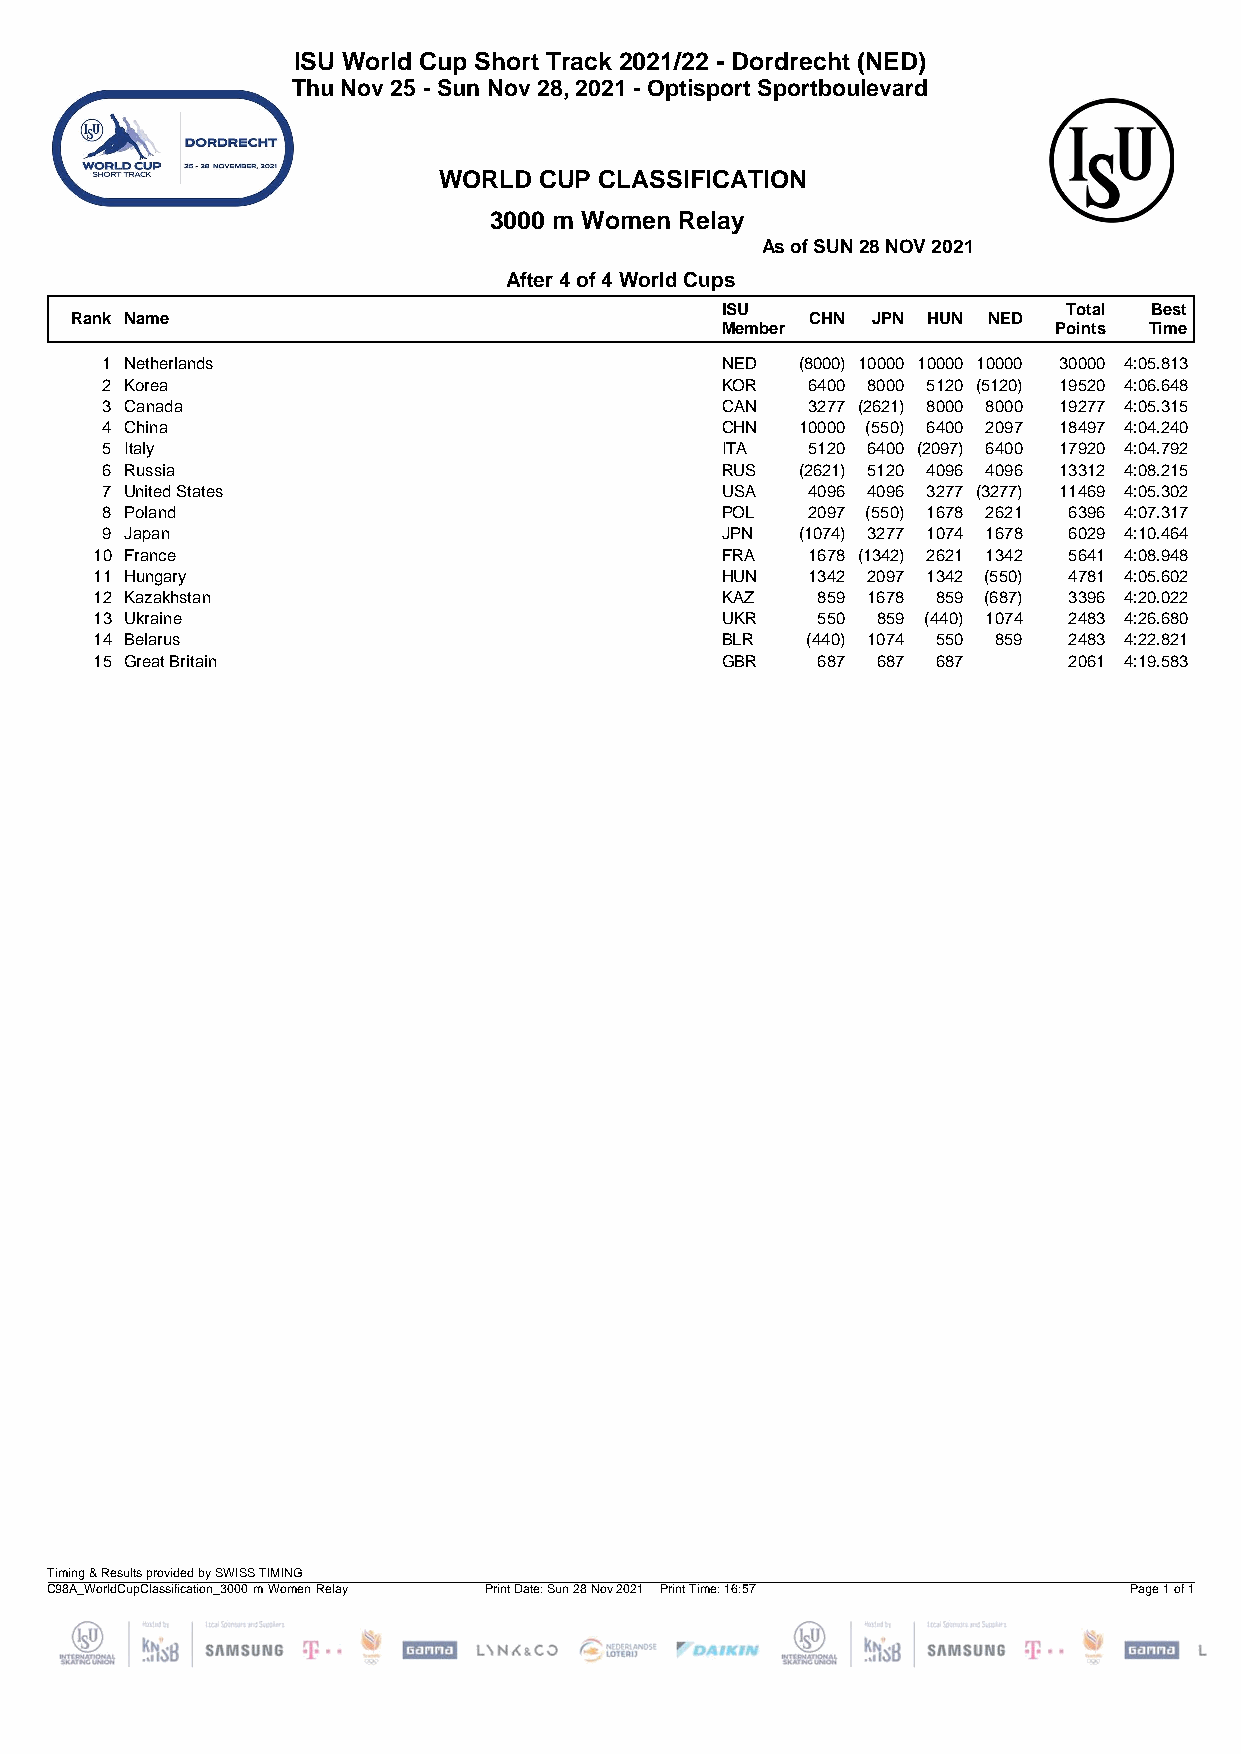
ISU World Cup Short Track 2021/22 - Dordrecht (NED)
 Thu Nov 25 - Sun Nov 28, 2021 - Optisport Sportboulevard
 WORLD  CUP CLASSIFICATION
 3000 m Women Relay
 As of SUN 28 NOV 2021
 After 4 of 4 World Cups
 ISU                    Total Best
 Rank Name                                        CHN JPN HUN NED
 Member                Points Time
 1 Netherlands                            NED  (8000) 10000 10000 10000 30000 4:05.813
 2 Korea                                  KOR  6400 8000 5120 (5120) 19520 4:06.648
 3 Canada                                 CAN  3277 (2621) 8000 8000 19277 4:05.315
 4 China                                  CHN  10000 (550) 6400 2097 18497 4:04.240
 5 Italy                                  ITA  5120 6400 (2097) 6400 17920 4:04.792
 6 Russia                                 RUS  (2621) 5120 4096 4096 13312 4:08.215
 7 United States                          USA  4096 4096 3277 (3277) 11469 4:05.302
 8 Poland                                 POL  2097 (550) 1678 2621 6396 4:07.317
 9 Japan                                  JPN  (1074) 3277 1074 1678 6029 4:10.464
 10 France                                 FRA  1678 (1342) 2621 1342 5641 4:08.948
 11 Hungary                                HUN  1342 2097 1342 (550) 4781 4:05.602
 12 Kazakhstan                             KAZ   859 1678 859 (687) 3396 4:20.022
 13 Ukraine                                UKR   550 859 (440) 1074 2483 4:26.680
 14 Belarus                                BLR  (440) 1074 550 859 2483 4:22.821
 15 Great Britain                          GBR   687 687 687      2061 4:19.583
 Timing & Results provided by SWISS TIMING
 C98A_WorldCupClassification_3000 m Women Relay Print Date: Sun 28 Nov 2021 Print Time: 16:57 Page 1 of 1